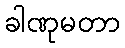
ခါဏုမတာ